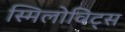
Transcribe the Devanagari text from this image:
स्मिलोविट्स